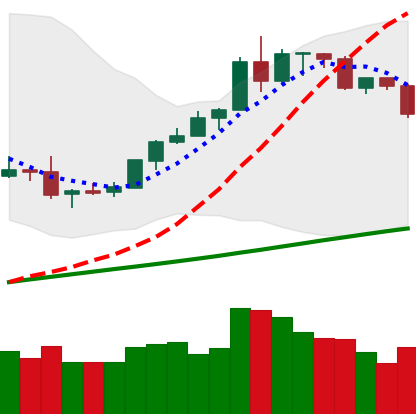
Ticker: BTC-USD
Chart end date: 2019-08-13
Forward return: -5.048%
Label: down_5_7